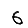
Digit: 6